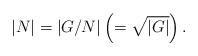
LaTeX: \begin{align*}|N|=|G/N|\left(=\sqrt{|G|}\right).\end{align*}